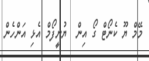
މޭމް ޔޫ ކެނޯޓް ގޯ އިން  ޔުނީފޯމް އެޅި އަންހެން